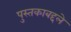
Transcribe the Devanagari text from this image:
पुस्तकाबद्दले